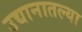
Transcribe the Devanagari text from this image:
उद्यानातल्या